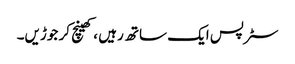
سٹرپس ایک ساتھ رہیں ، کھینچ کر جوڑیں۔